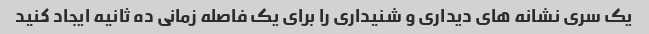
یک سری نشانه های دیداری و شنیداری را برای یک فاصله زمانی ده ثانیه ایجاد کنید